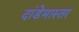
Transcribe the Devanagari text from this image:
दांडेमास्तर